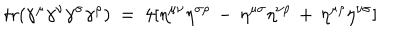
LaTeX: \mathrm { t r } ( \gamma ^ { \mu } \gamma ^ { \nu } \gamma ^ { \sigma } \gamma ^ { \rho } ) ~ = ~ 4 [ \eta ^ { \mu \nu } \eta ^ { \sigma \rho } \, - \, \eta ^ { \mu \sigma } \eta ^ { \nu \rho } \, + \, \eta ^ { \mu \rho } \eta ^ { \nu \sigma } ]